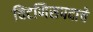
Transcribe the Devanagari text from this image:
चिटणिसपदाचे